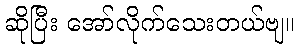
ဆိုပြီး အော်လိုက်သေးတယ်ဗျ။